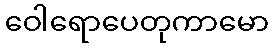
ဝေါရောပေတုကာမော